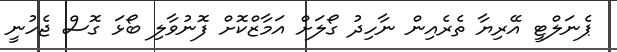
ޕެނަލްޓީ އޭރިޔާ ތެރެއިން ނާހިދު ގޯލަށް އަމާޒްކޮށް ފޮނުވާލި ބޯޅަ ގޮސް ޖެހުނީ